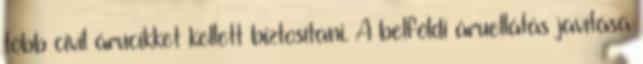
több civil árucikket kellett biztosítani. A belföldi áruellátás javítása